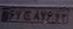
۶۷ج۸۷۶۴۳